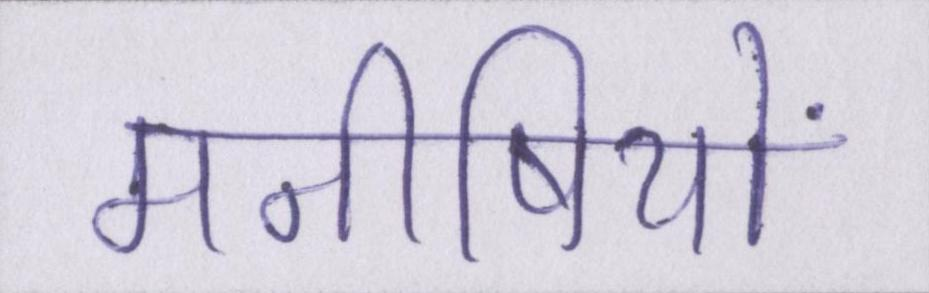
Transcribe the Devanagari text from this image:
मनीषियों